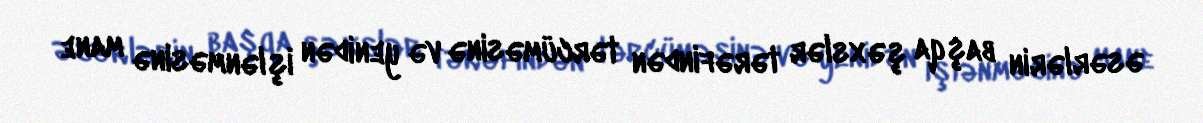
əsərlərin başqa şəxslər tərəfindən tərcüməsinə və yenidən işlənməsinə mane